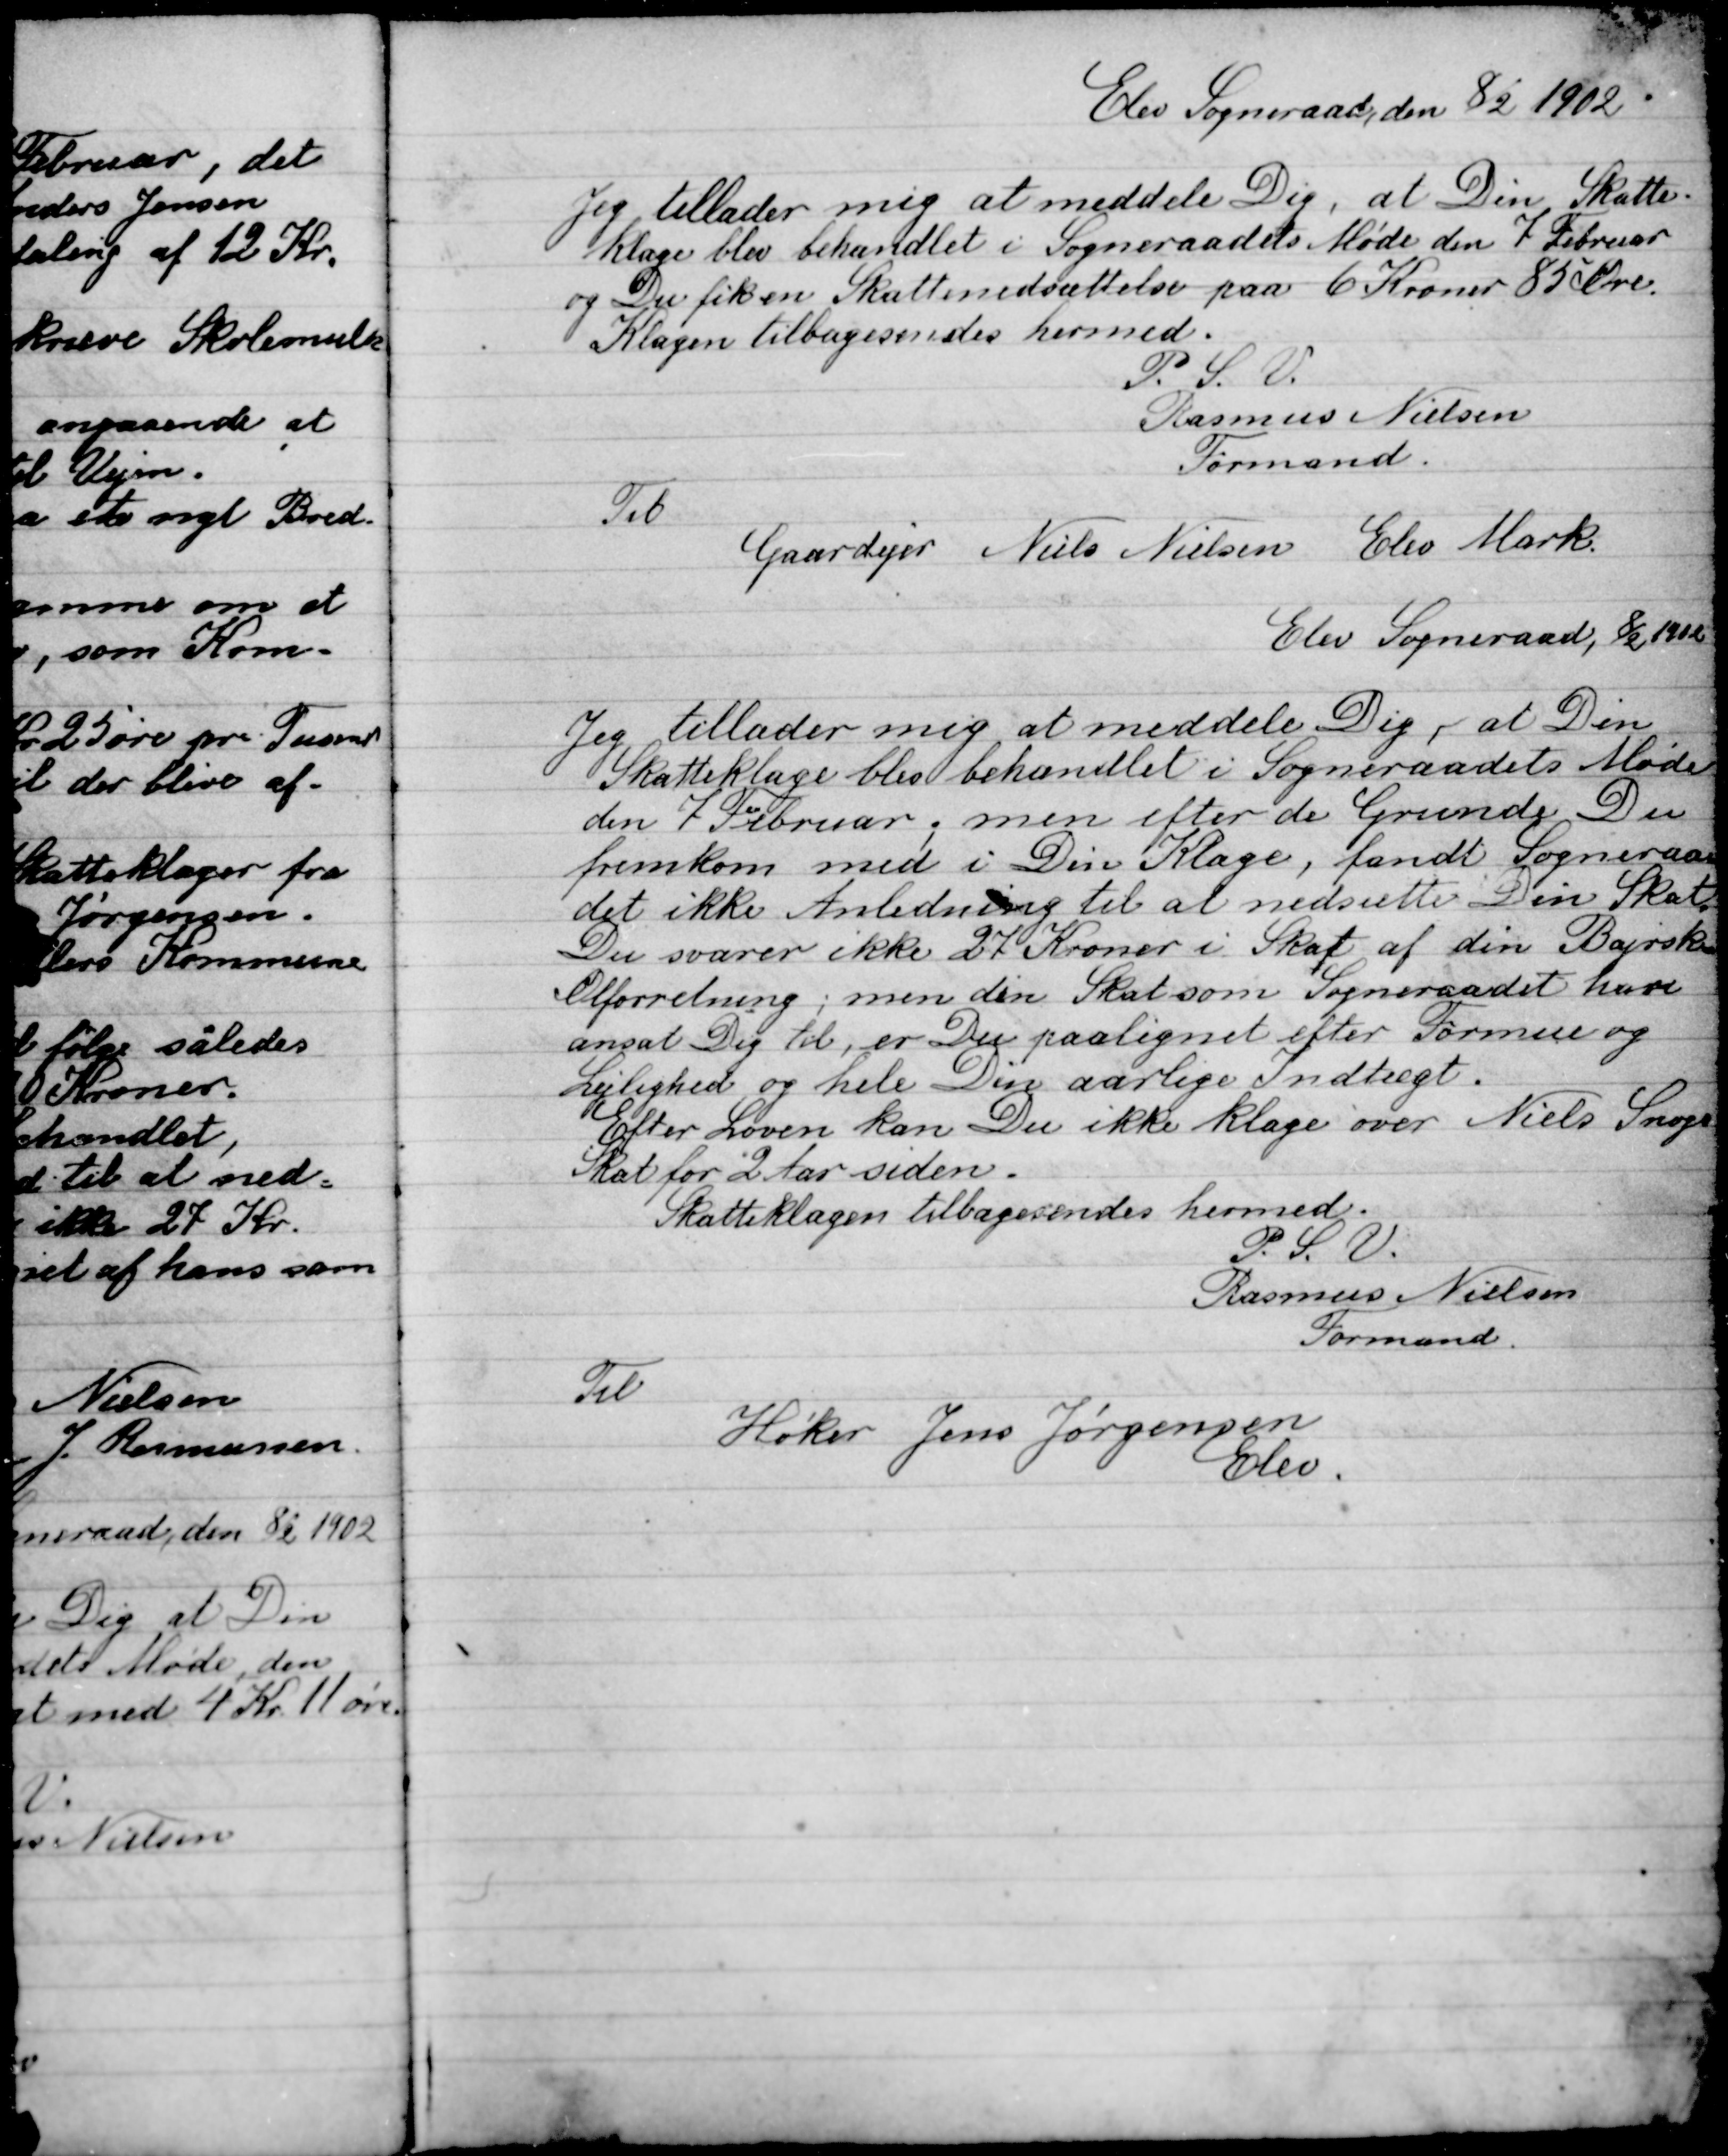
Transskription:
Elev sogneraad, den 8/2 1902.
Jeg tillader mig at meddele dig, at Din Skatte-
Klage blev behandlet i Sogneraads Møde den 7 Februar
Du fik en Skattenedsættelse paa 6 Kroner 85 Øre.
Klagen tilbagesendes hermed.
P.S.V.
Rasmus Nielsen
Formand.
Til
Gaardejer Niels Nielsen Elev Mark

Elev Sogneraad, 8/2 1902
Jeg tillader mig at meddele dig, at Din
Skatteklage blev behandlet i Sogneraads Møde
den 7 Februar, men efter de Grunde Du
fremkom med i Din Klage, fandt Sogneraadet
ikke Anledning til at nedsætte Din Skat.
Du svarer ikke 27 Kroner i Skat af din Bajeske
Ølforretning; men din Skat som Sogneraadet have
ansat dig til, er Du paalignet efter Formue og
Lejlighed og hele din aarlige Indtægt.
Efter Loven kan Du ikke klage over Niels Snogs
Skat for 2 Aar siden.
Skatteklagen tilbagesendes hermed.
P.S.V.
Rasmus Nielsen
Formand.
Til
Høker Jens Jørgensen
Elev.